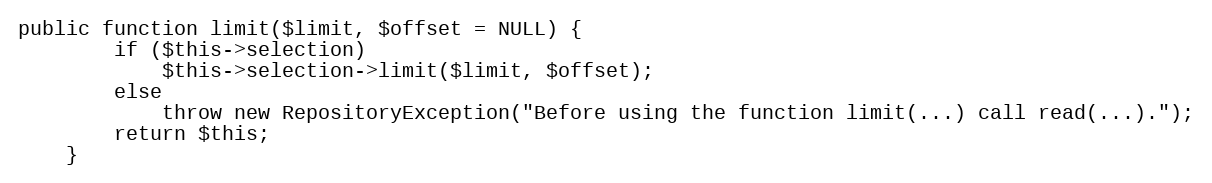
Language: PHP
public function limit($limit, $offset = NULL) {
		if ($this->selection)
			$this->selection->limit($limit, $offset);
		else
			throw new RepositoryException("Before using the function limit(...) call read(...).");
		return $this;
	}